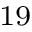
^ { 1 9 }